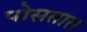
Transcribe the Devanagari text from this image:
पोसतात